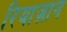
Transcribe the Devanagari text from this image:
रियाज़ान